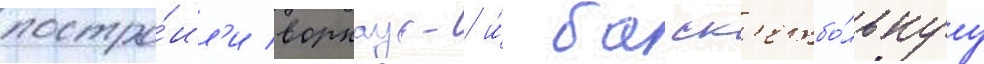
постро́ил'и воркаут- и́ баск'етбо́льнуу